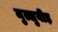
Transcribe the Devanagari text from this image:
मुल्लुवीड़